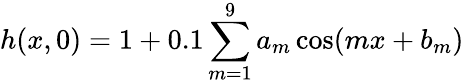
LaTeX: h(x,0)=1+0.1\sum_{m=1}^{9}a_{m}\cos(mx+b_{m})